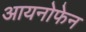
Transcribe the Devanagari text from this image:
आयनोफेन